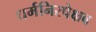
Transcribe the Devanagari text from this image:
धर्मनिरपेक्षव